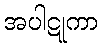
အပါဋုကာ